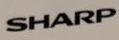
SHARP